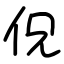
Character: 㑆